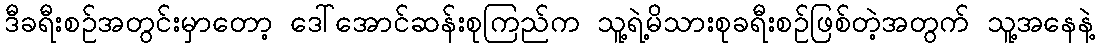
ဒီခရီးစဉ်အတွင်းမှာတော့ ဒေါ်အောင်ဆန်းစုကြည်က သူ့ရဲ့မိသားစုခရီးစဉ်ဖြစ်တဲ့အတွက် သူ့အနေနဲ့